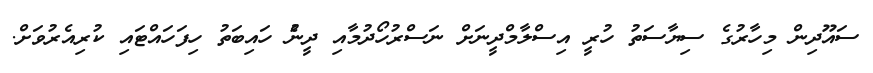
ސައޫދިން މިހާރުގެ ސިޔާސަތު ހުރީ އިސްލާމްދީނަށް ނަސްރުހޯދުމާއި ދީނުެ ހައިބަތު ހިފަހައްޓައި ކުރިއެރުވަށް.